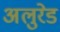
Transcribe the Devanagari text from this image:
अलुरेड